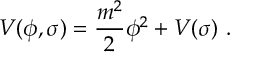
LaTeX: V ( \phi , \sigma ) = { \frac { m ^ { 2 } } { 2 } } \phi ^ { 2 } + V ( \sigma ) \ .